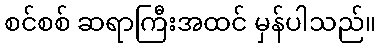
စင်စစ် ဆရာကြီးအထင် မှန်ပါသည်။